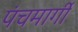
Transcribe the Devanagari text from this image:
पंचमार्गी